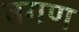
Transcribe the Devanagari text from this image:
तगण